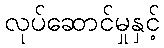
လုပ်ဆောင်မှုနှင့်